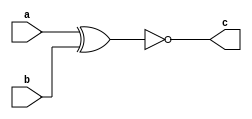
// Code your design here
module xnorgate(input a, input b, output c);
  assign c = ~(a ^ b);
endmodule